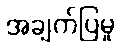
အချက်ပြမှု